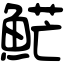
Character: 𩷶